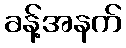
ခန့်အနက်